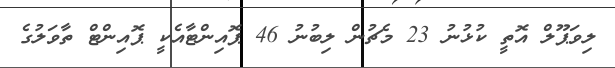
ލިވަޕޫލް އޮތީ ކުޅުނު 23 މެޗުން ލިބުނު 46 ޕޮއިންޓާއެކީ ޕޮއިންޓް ތާވަލުގެ